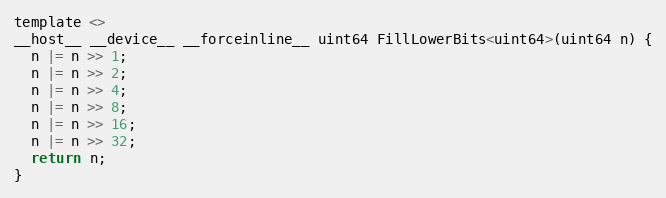
Language: C
template <>
__host__ __device__ __forceinline__ uint64 FillLowerBits<uint64>(uint64 n) {
  n |= n >> 1;
  n |= n >> 2;
  n |= n >> 4;
  n |= n >> 8;
  n |= n >> 16;
  n |= n >> 32;
  return n;
}